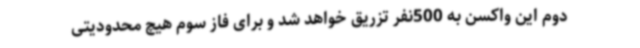
دوم این واکسن به 500نفر تزریق خواهد شد و برای فاز سوم هیچ محدودیتی